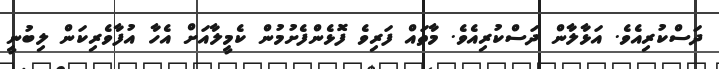
ދަސްކުރިއެވެ. އަޅާލާން ދަސްކުރިއެވެ. މާތައް ފަރިވެ ފޮޅެންފެށުމުން ކެމީލާއަށް އެހާ އުފާވެރިކަން ލިބުނީ